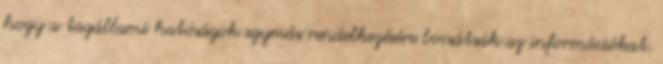
hogy a tagállami hatóságok egymás rendelkezésére bocsátsák az információkat.